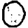
Digit: 0